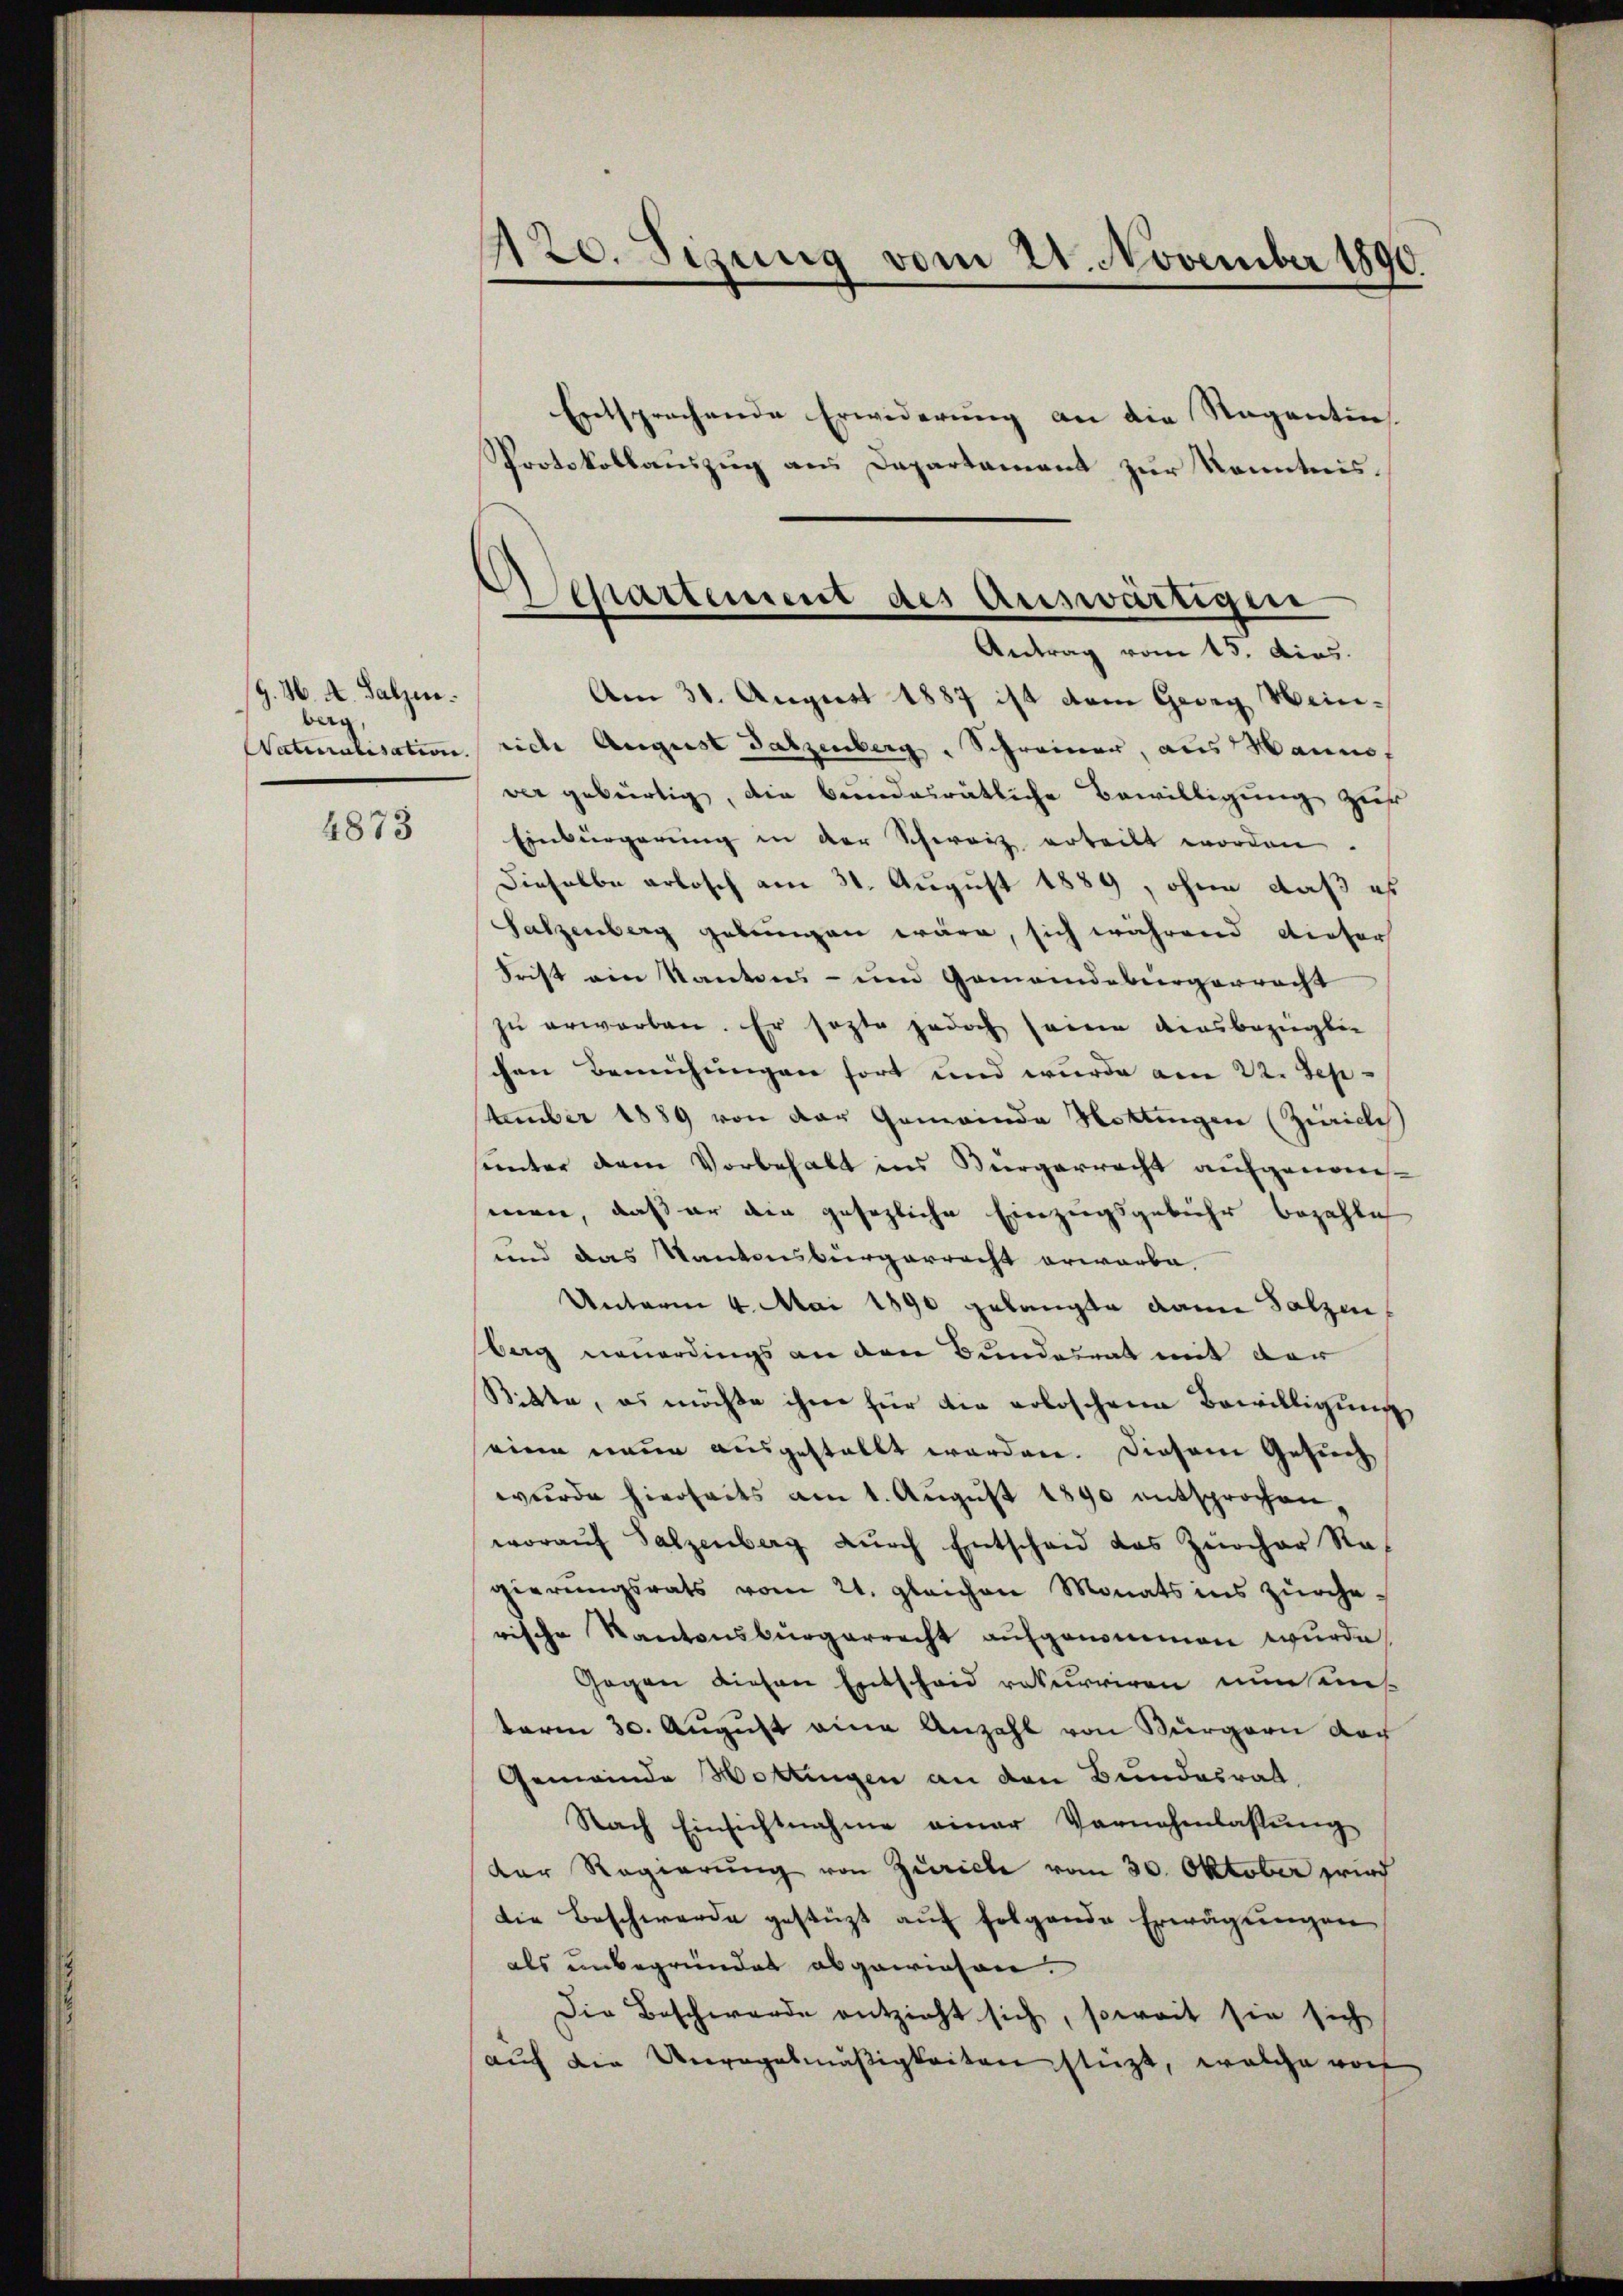
G. H. A. Salzen.
berg,

4873

120. Sizung vom 21. November 1890
Entsprechende Erwiderung an die Nagantin

Protokollauszug aus Departement zur Kenntnis.

Departement des Auswärtigen
Antrag vom 15. dies.

Am 31. August 1887 ist dem Georg Wein¬
Naturalisation riche August Satzenberg - Schreiner, aus Mannes
ver gebürtig, die bundesrätliche Bewilligung zur
Einbürgerung in der Schweiz erteilt worden.
Dieselbe erlosch am 31. August 1889, ohne daß es
Salzenberg gebungen wäre, sich während dieser
Frist ein Kantons- und Gemeindebürgerracht
zu erworben. Er sagte jedoch seine diesbezüglic
chen Bemühungen fort und wurde am 22. Sep
tember 1889 von der Gemeinde Nottingen (Züriches
sunter dem Vorbehalt ins Bürgerrecht aufgenommen, daß er die gesezliche Einzugsgebühr bezahle
und das Kantonsbürgerrecht erwarbe.
Unterm 4. Mai 1890 gelangte dann Salzen,
berg neuerdings an den Bundesrat mit der
Sitte, es möchte ihm für die voloschene Bewilligung
seine neue ausgestellt werden. Diesem Gesuch
wurde hierseits am 1. August 1890 entsprochen,
woraŭf Salzenberg dŭrch Entscheid das Zürcher Ra
gierŭngsrats vom 21. gleichen Monats ins Zürche-
rische Kantonsbürgerrecht aufgenommen wurde.
Gegen diesen Entscheid rekurriren nun uns
term 30. August eine Anzahl von Bürgern noch
Gemeinde Hottingen an den Bundesrat
Nach Einsichtnahme einer Vornehmlassŭng
der Regierŭng von Zürich vom 30. Oktober prief
die Beschwerde gestüzt auf folgende Erwägungen
als unbegründet abgewiesen.
Die Beschwerde entzieht sich, soweit sie sich
auf die Unregelmäßigkeiten stüzt, welche noch